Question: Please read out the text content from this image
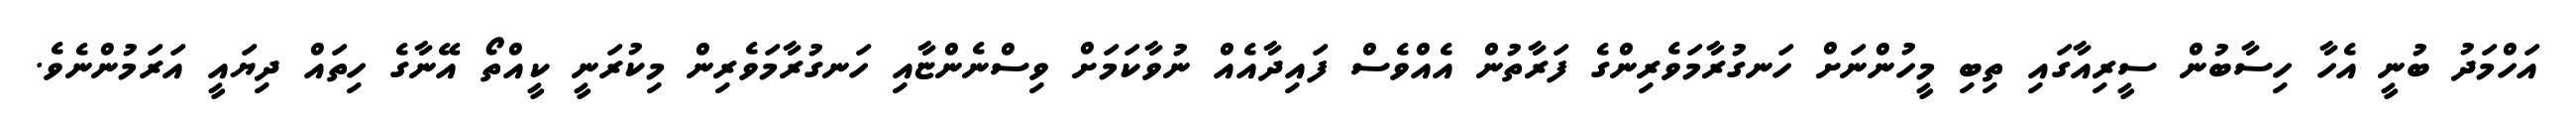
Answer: އަހްމަދު ބުނީ އެހާ ހިސާބުން ސީރިއާގައި ތިބި މީހުންނަށް ހަނގުރާމަވެރިންގެ ފަރާތުން އެއްވެސް ފައިދާއެއް ނުވާކަމަށް ވިސްނެންޏާއި ހަނގުރާމަވެރިން މިކުރަނީ ކީއްތޯ އޭނާގެ ހިތައް ދިޔައީ އަރަމުންނެވެ.